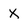
Character: X